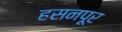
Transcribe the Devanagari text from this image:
हसनपूर